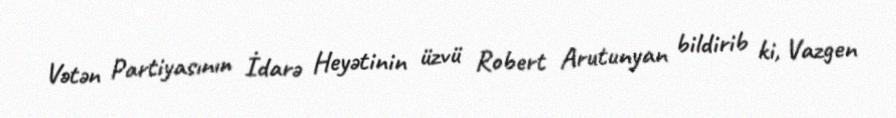
Vətən Partiyasının İdarə Heyətinin üzvü Robert Arutunyan bildirib ki, Vazgen